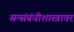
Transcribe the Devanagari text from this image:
सत्संबंधीशास्त्रावर